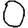
Digit: 0